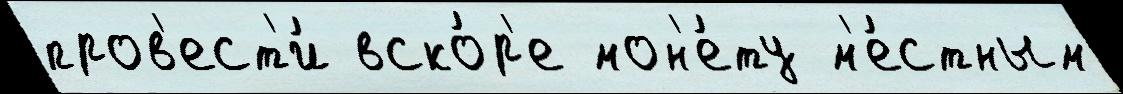
пров'ест'и́ вско́р'е мон'е́ту м'е́стным